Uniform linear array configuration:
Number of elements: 48
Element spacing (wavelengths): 0.75
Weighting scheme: exponential
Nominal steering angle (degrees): -45
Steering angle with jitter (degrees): -44.512
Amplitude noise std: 0.05
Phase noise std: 0.05

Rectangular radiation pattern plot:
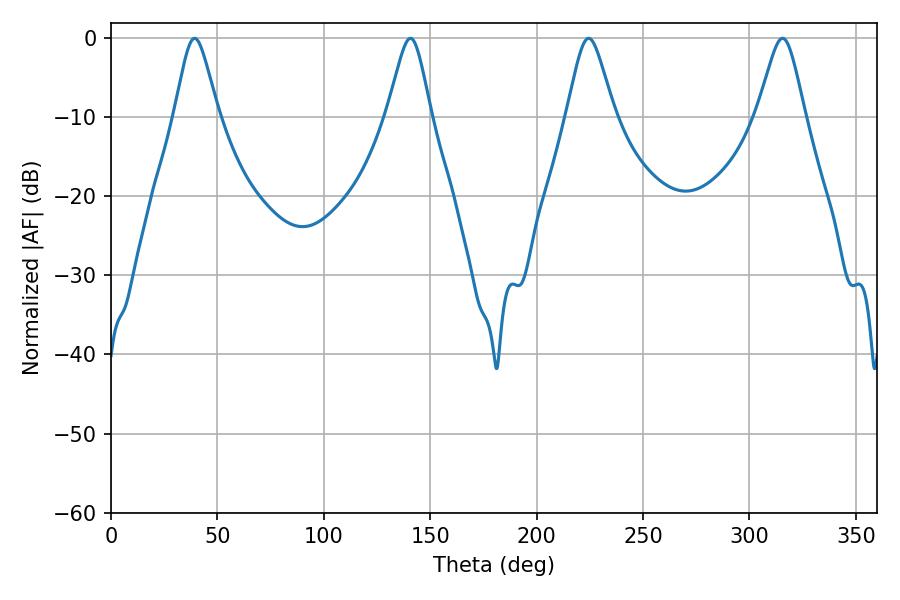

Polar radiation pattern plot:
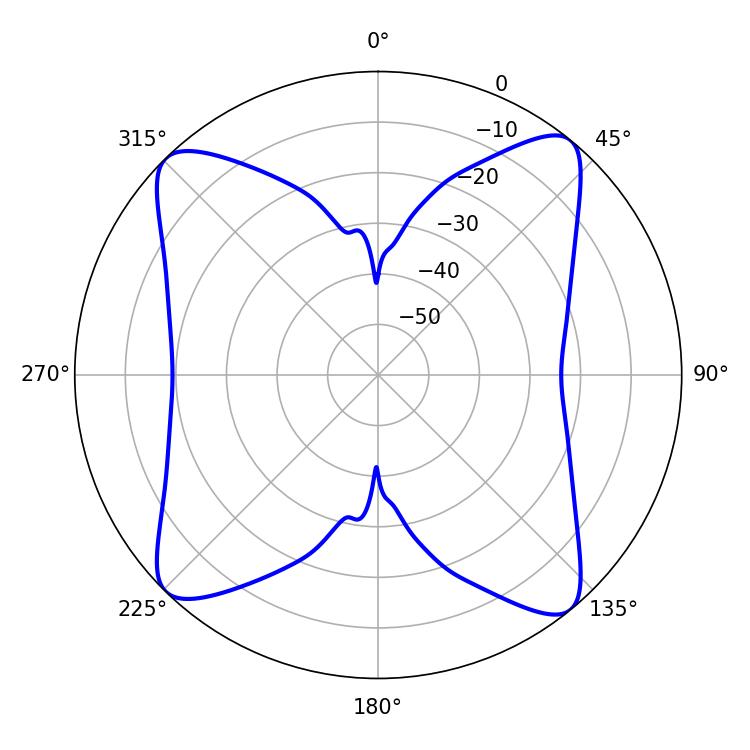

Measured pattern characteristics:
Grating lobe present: TRUE
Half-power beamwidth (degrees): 10.8
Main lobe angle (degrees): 224.46